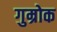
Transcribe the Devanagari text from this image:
गुम्रोक